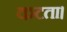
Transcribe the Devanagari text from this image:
कटता।